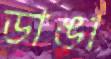
ডাঙা